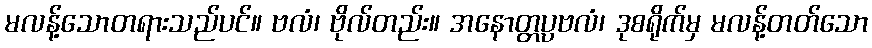
မလန့်သောတရားသည်ပင်။ ဗလံ၊ ဗိုလ်တည်း။ အနောတ္တပ္ပဗလံ၊ ဒုစရိုက်မှ မလန့်တတ်သော